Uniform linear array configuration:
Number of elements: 8
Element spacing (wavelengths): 0.25
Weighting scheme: blackman
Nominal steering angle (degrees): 0
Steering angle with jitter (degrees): -1.664
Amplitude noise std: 0.05
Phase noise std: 0.05

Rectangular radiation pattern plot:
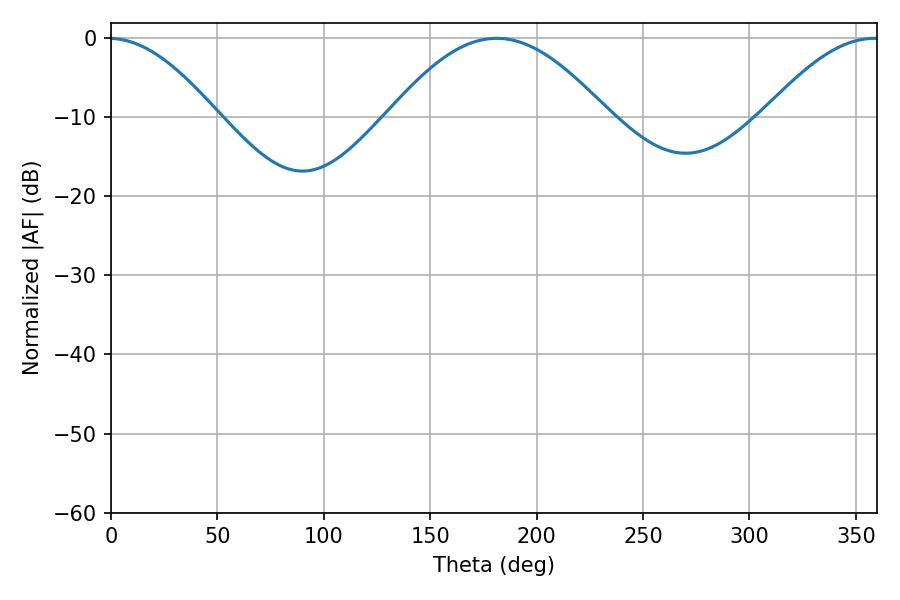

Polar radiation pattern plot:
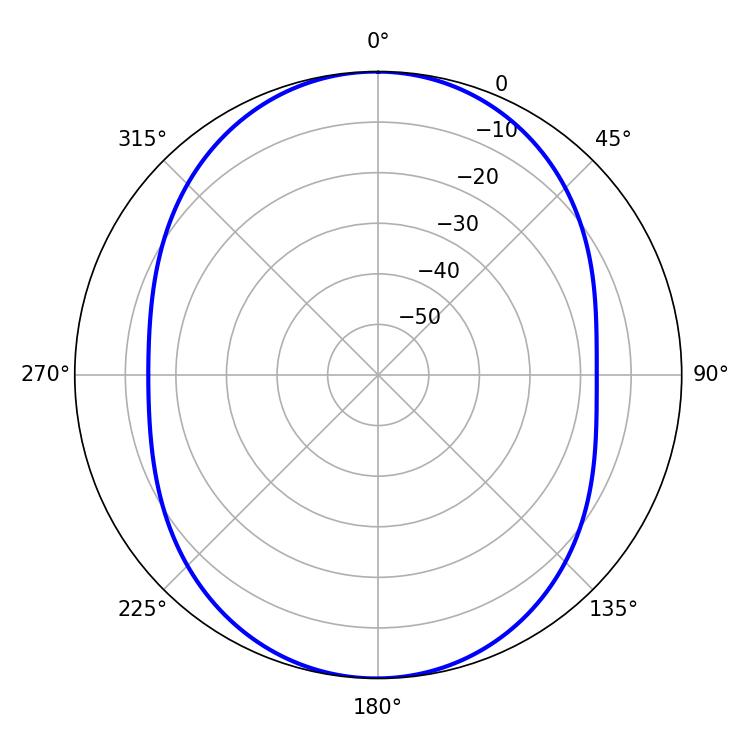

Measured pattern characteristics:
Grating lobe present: FALSE
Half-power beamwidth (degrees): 55.44
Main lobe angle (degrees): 181.26